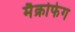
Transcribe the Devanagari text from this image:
मैक्रोफेग